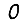
Digit: 0